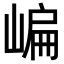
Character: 𡺂